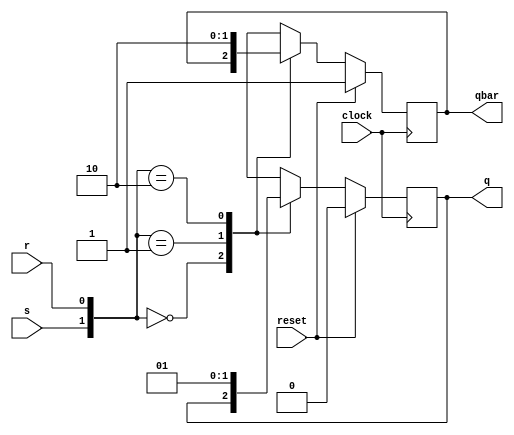
///////////////////////////////////////////
/// Design  : SR Flipflop - Behavioral
/// College	: Anna University, MIT campus
///////////////////////////////////////////

module SRflipflop(clock,reset,s,r,q,qbar);
input clock,reset,s,r;
output reg q,qbar;
initial 
	begin
		q = 1'b1;
		qbar = 1'b0;
	end
always @ (posedge clock)
	begin
		if(reset)
			begin
				q = 0;
				qbar = 1'b1;
			end
		else	
			begin	
				case({s,r})
					2'b00: 
						begin
							q = q; 
							qbar = qbar;
						end
					2'b01: 
						begin
							q = 1'b0; 
							qbar = 1'b1;
						end
					2'b10: 
						begin
							q = 1'b1; 
							qbar = 1'b0;
						end
					2'b11: 
						begin
							q = 1'bx; 
							qbar = 1'bx;
						end
				endcase
			end
	end
endmodule